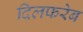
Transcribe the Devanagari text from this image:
दिलफरेब